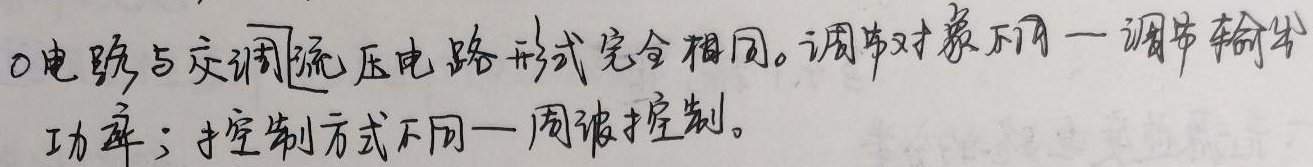
电路与交调流压电路形式完全相同。调节对象不同——调节输出功率；控制方式不同——周波控制。